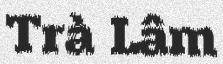
Trà Lâm